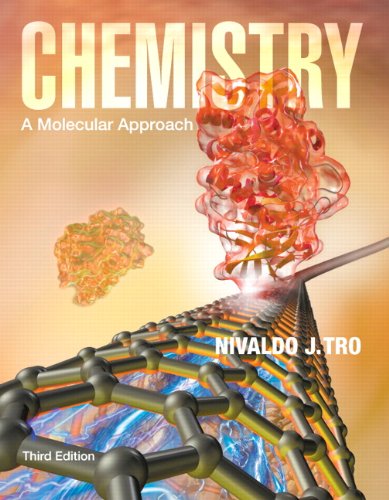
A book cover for Chemistry: A Molecular Approach (3rd Edition); Nivaldo J. Tro; Science & Math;